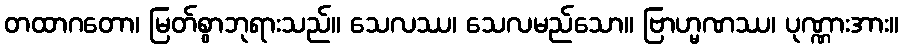
တထာဂတော၊ မြတ်စွာဘုရားသည်။ သေလဿ၊ သေလမည်သော။ ဗြာဟ္မဏဿ၊ ပုဏ္ဏားအား။